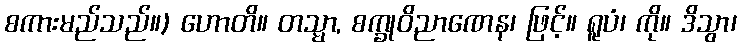
စကားမည်သည်။) ဟောတိ။ တသ္မာ, စက္ခုဝိညာဏေန၊ ဖြင့်။ ရူပံ၊ ကို။ ဒိသွာ၊